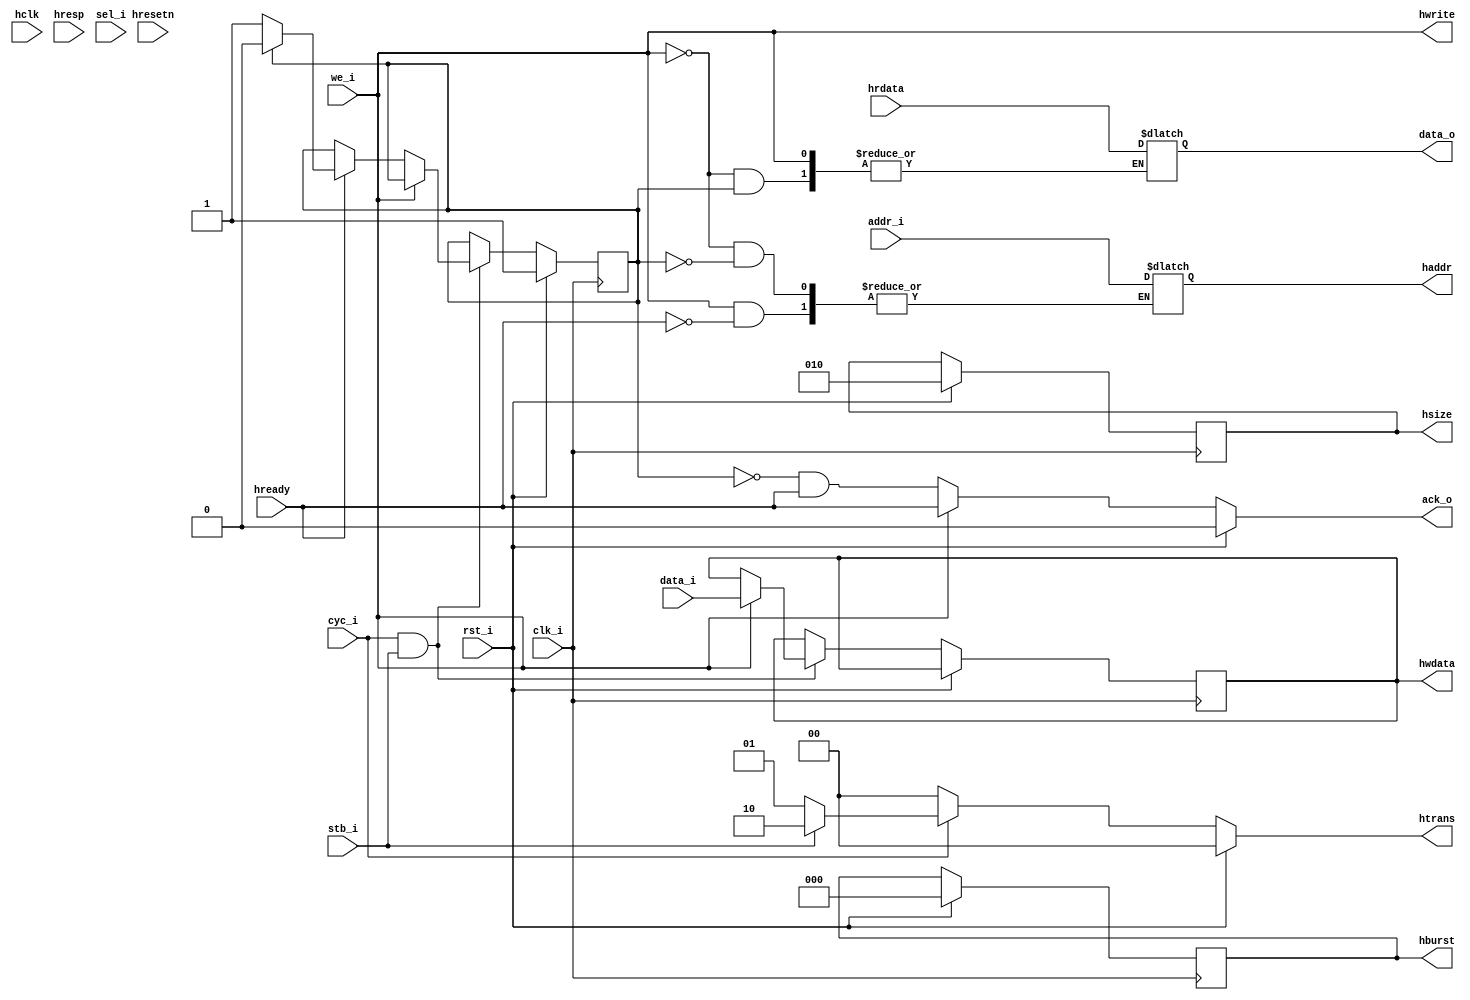
//******************************************************************************************************
// Copyright (c) 2007 TooMuch Semiconductor Solutions Pvt Ltd.


//Designer		:	Ravi S Gupta
//Description	: 	Wishbone to AHB interface protocol converter
//Revision		:	1.0


//******************************************************************************************************
`timescale 1 ns / 1 ns
//DEFINES
//TOP MODULE

module AHBMAS_WBSLV_TOP ( 
  
  hclk,hresetn,
// AHB Master Interface (Connect to AHB Slave) 
  haddr,htrans,hwrite,hsize,
  hburst,hwdata,hrdata,hready,hresp,

// WISHBONE Slave Interface (Connect to WB Master)
  data_o, data_i, addr_i,clk_i,rst_i,
  cyc_i, stb_i, sel_i, we_i, ack_o
);


//PARAMETER
	parameter AWIDTH = 32,DWIDTH = 32;//Address Width,Data Width
	
//INPUTS AND OUTPUTS	
// --------------------------------------
//Top level ports for AHB 
input hresetn;		 //AHB Clk 
input hclk;		 //AHB Active Low Reset

// AHB Master Interface (Connect to AHB Slave)
input [DWIDTH-1:0]hrdata;		//Read data bus

//Transfer Response	from AHB Slave
input [1:0]hresp;		
input hready;

//Address and Control Signals
output [AWIDTH-1:0]haddr;		//Address
output hwrite;					//Write/Read Control 
output [2:0]hsize;				//Size of Data Control
output [2:0]hburst;				//Burst Control
output [31:0]hwdata;			//Write data bus
output [1:0]htrans;				//Transfer type


// --------------------------------------
// WISHBONE Slave Interface (Connect to WB Master)
output	[DWIDTH-1:0]		data_o;   //Wishbobe Data Ouput
output					ack_o;	   //Wishbone Acknowledge

input	[DWIDTH-1:0]		data_i;   //Wishbone Data Input
input	[AWIDTH-1:0]		addr_i;   //Wishbone Address Input
input					cyc_i;    //Wishbone Cycle Input
input 					stb_i;	   //Wishbone Strobe Input
input	[3:0]			sel_i;	   //Wishbone Selection Input
input					we_i;	   //Wishbone Write/Read Control
input					clk_i;	   //Wishbone Clk Input	
input					rst_i;	   //Wishbone Active High Reset Input 

// datatype declaration
reg [AWIDTH-1:0]haddr;		
wire hwrite;			
reg [2:0]hsize;		
reg [2:0]hburst;		
reg [31:0]hwdata;	
reg [1:0]htrans;		
reg	[DWIDTH-1:0]data_o;
reg	ack_o;

//SIGNAL DECLARATIONS
	reg flag;
	reg hready_temp;

//*******************************************************************
// WISHBONE logic Write and Read Operation
//*******************************************************************

//ASSIGN STATEMENTS
assign #2 hwrite = we_i;

//Sysncronous Reset
always @ (posedge clk_i) 
	begin
	//	hready_temp <= hready;
		if (rst_i) begin
			hsize = 3'b010;		//Size of Data Control
			hburst = 3'b000;		//Burst Control
		//	hready_temp <= 'b1;
			flag <= 'b1;
		end
	
//Write Operation : Wait for a valid Cycle, Strobe and Active High Write enable signal
		else if (cyc_i & stb_i) begin
				if (we_i) begin //Write Cycle: No Need To Check for hready signal for data to be send out
					hwdata <= data_i;
					end
//Read Operation : Wait for a valid Cycle, Strobe and Active Low Write enable signal
			else begin		//	Read Cycle
				if (hready) begin
					if(flag) begin
						flag <= #2 'b0;
						end
					else begin
						flag <= #2 'b1;
						end		
				end
					
			end
		end
		//else begin
		//wb_ack_o<='b0;
		//hwdata <= data_i;//when stb goes active low send asyncronously the data
		//end
end

always @ (we_i or stb_i or addr_i or flag or hready or hrdata) begin
	if(we_i) begin
		if (hready) begin
			haddr <= addr_i;
		end
	end
	else begin 
		if (flag) begin
			haddr <= addr_i;	  //During Flag set Accept Address
			end
		else begin
			data_o <= #2 hrdata;	  //During Flag reset Accept Data
			end
	end
end

//Logic for Acknowledge from Wishbone Slave
always @(we_i or addr_i or hrdata or hready or flag )  begin
	if (rst_i) begin
		ack_o<='b0;
		end
	else if (we_i) 
		ack_o <= hready;
	else
		ack_o<=!flag & hready;
	end

//Logic for Transfer Type 
always @(cyc_i or stb_i) begin
	if (rst_i) begin
		htrans<=2'b00;
		end
	else if (cyc_i) begin
		if (stb_i) begin
			htrans <= 2'b10;	//Transfer type Non Sequential
		end
		else begin
			htrans <= 2'b01;	//Transfer type Busy
		end
	end
	else begin
	htrans<=2'b00;	//Transfer type Idle 
	end
end


endmodule